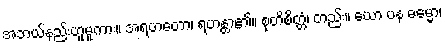
အဘယ်နည်းဟူမူကား။ အရဟတော၊ ရဟန္တာ၏။ စုတိစိတ္တံ၊ တည်း။ ယော ပန ဓမ္မော၊